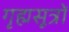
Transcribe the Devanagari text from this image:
गृह्मसूत्रों